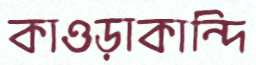
কাওড়াকান্দি